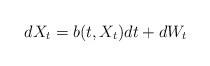
\begin{align*}dX_t=b(t,X_t)dt+dW_t\end{align*}